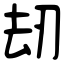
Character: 刼